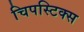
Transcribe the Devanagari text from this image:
चिपस्टिक्स